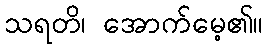
သရတိ၊ အောက်မေ့၏။